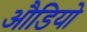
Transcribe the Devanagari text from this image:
औडियो